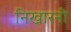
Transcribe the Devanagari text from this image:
निखारनी